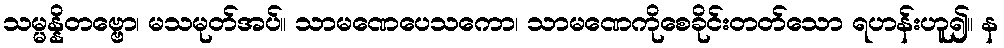
သမ္မန္နိတဗ္ဗော၊ မသမုတ်အပ်။ သာမဏေပေသကော၊ သာမဏေကိုစေခိုင်းတတ်သော ရဟန်းဟူ၍။ န